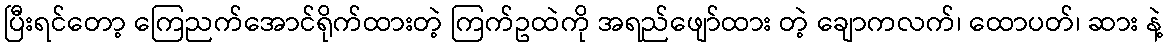
ပြီးရင်တော့ ကြေညက်အောင်ရိုက်ထားတဲ့ ကြက်ဥထဲကို အရည်ဖျော်ထား တဲ့ ချောကလက်၊ ထောပတ်၊ ဆား နဲ့